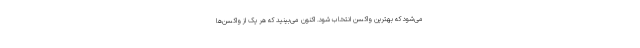
می‌شود که بهترین واکسن انتخاب شود. اکنون می‌بینید که هر یک از واکسن‌ها